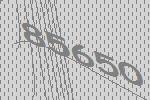
85650